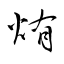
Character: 烠